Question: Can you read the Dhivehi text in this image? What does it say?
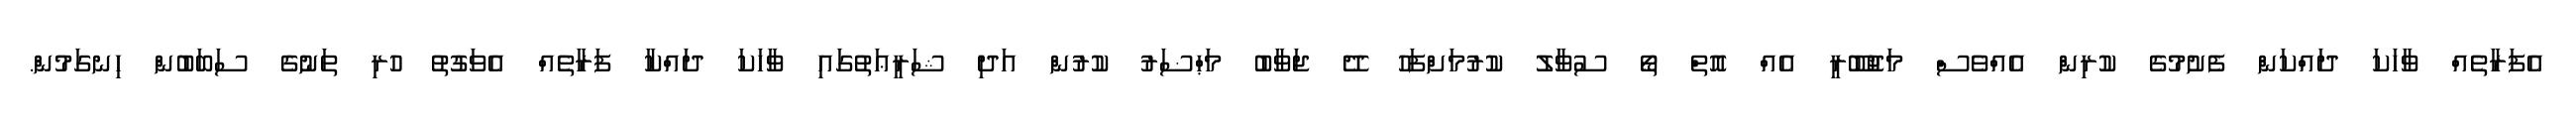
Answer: އެފަރާތެއް ވާހަކަ ދައްކަން ފެށުމުގެ ކުރިން އެއްވެސް މަޖުބޫރީ އެއް އޮތް ތޯ ސުވާލު ކުރުމަށްފަހު ދޭ ޖަވާބު މަޙްޟަރު ކުރުން އަދި ޝަރީޢަތުގައި ވާހަކަ ދައްކާ ފަރާތެއް އެވަގުތު ހުރި ތަނުގެ ސަބަބުން ހިނގަމުން.